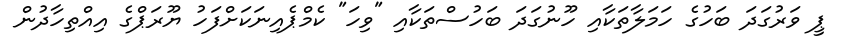
ޕީ ވަރުގަދަ ބަހުގެ ހަމަލާތަކާއި ހޫނުގަދަ ބަހުސްތަކާއި "ވިހަ" ކެމްޕެއިނަކަށްފަހު ޔޫރަޕްގެ އިއްތިހާދުން